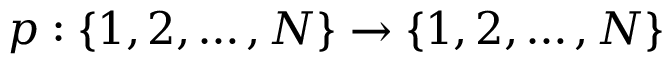
p : \{ 1 , 2 , \dots , N \} \to \{ 1 , 2 , \dots , N \}